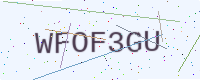
Text: WFOF3GU